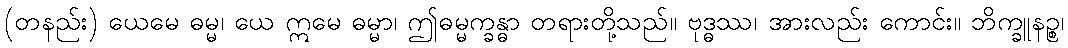
(တနည်း) ယေမေ ဓမ္မ၊ ယေ ဣမေ ဓမ္မာ၊ ဤဓမ္မက္ခန္ဓာ တရားတို့သည်။ ဗုဒ္ဓဿ၊ အားလည်း ကောင်း။ ဘိက္ခူနဉ္စ၊